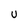
Character: v